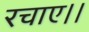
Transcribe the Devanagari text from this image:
रचाए।।